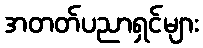
အတတ်ပညာရှင်များ